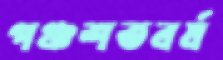
পঞ্চশতবর্ষ